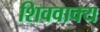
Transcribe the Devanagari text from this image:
शिववाक्य